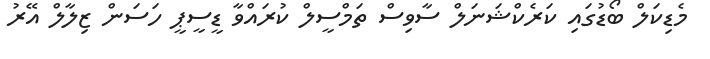
މެޑިކަލް ބޯޑުގައި ކަރެކްޝަނަލް ސާވިސް ތަމްސީލް ކުރައްވާ ޑީސީޕީ ހަސަން ޒިލާލް އޭރު